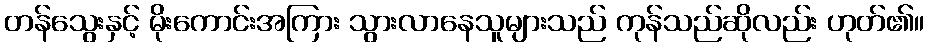
တန်သွေးနှင့် မိုးကောင်းအကြား သွားလာနေသူများသည် ကုန်သည်ဆိုလည်း ဟုတ်၏။